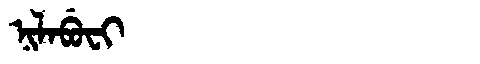
Manchu: ᠨᡳᠯᠠᠪᡠᠸᡳ
Romanization: NILABUFI